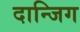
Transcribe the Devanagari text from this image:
दान्जिग